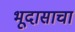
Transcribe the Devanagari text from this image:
भूदासाचा